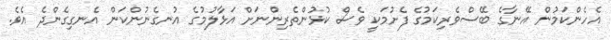
އެހެންކަމުން އޭނާގެ ބޭސްވެރިކަމުގެ ފެށުމަކީ ވެސް ކުޅުންތެރިންނަށް އަޅާލުމުގެ އުނގެނުންކަން އެނގިގެންދެ އެވެ.